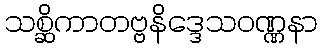
သစ္ဆိကာတဗ္ဗနိဒ္ဒေသဝဏ္ဏနာ